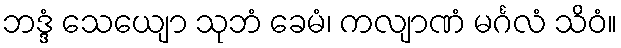
ဘဒ္ဒံ သေယျော သုဘံ ခေမံ၊ ကလျာဏံ မင်္ဂလံ သိဝံ။